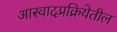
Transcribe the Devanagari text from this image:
आस्वादप्रक्रियेतील